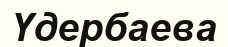
Үдербаева